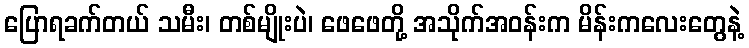
ပြောရခက်တယ် သမီး၊ တစ်မျိုးပဲ၊ ဖေဖေတို့ အသိုက်အဝန်းက မိန်းကလေးတွေနဲ့